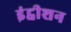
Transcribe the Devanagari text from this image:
इंट्वीशन